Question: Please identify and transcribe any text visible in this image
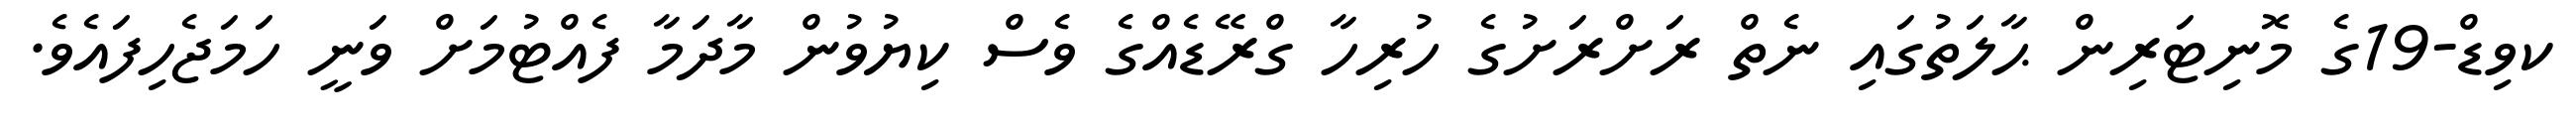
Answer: ކވިޑް-19ގެ މޮނިޓަރިން ޙާލަތުގައި ނެތް ރަށްރަށުގެ ހުރިހާ ގްރޭޑެއްގެ ވެސް ކިޔުވުން މާދަމާ ފެއްޓުމަށް ވަނީ ހަމަޖެހިފައެވެ.